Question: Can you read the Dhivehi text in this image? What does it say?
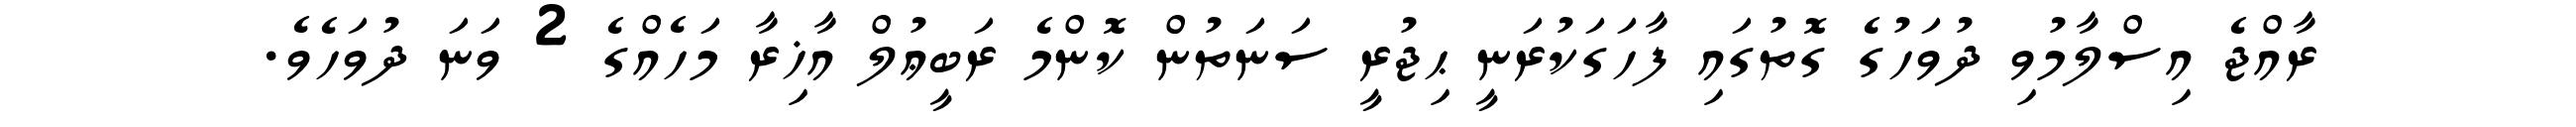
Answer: ރާއްޖެ އިސްލާމުވި ދުވަހުގެ ގޮތުގައި ފާހަގަކުރަނީ ޙިޖުރީ ސަނަތުން ކޮންމެ ރަބީޢުލް އާޚިރާ މަހެއްގެ 2 ވަނަ ދުވަހެވެ.